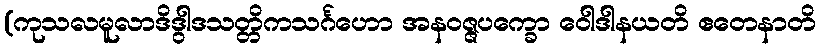
(ကုသလမူလာဒိဒွါဒသတ္တိကသင်္ဂဟော အနဝဇ္ဇပက္ခော ဝေါဒါနယတိ ဧတေနာတိ